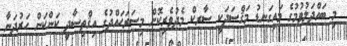
މި ބައްދަލުވުމުގެ މައިގަނޑު މަޤްޞަދަކީ ސާރކް މެދުވެރިކޮށް މިސަރަޙައްދުގެ އިޤްތިޞާދީ ކަންކަން ހަރުދަނާ